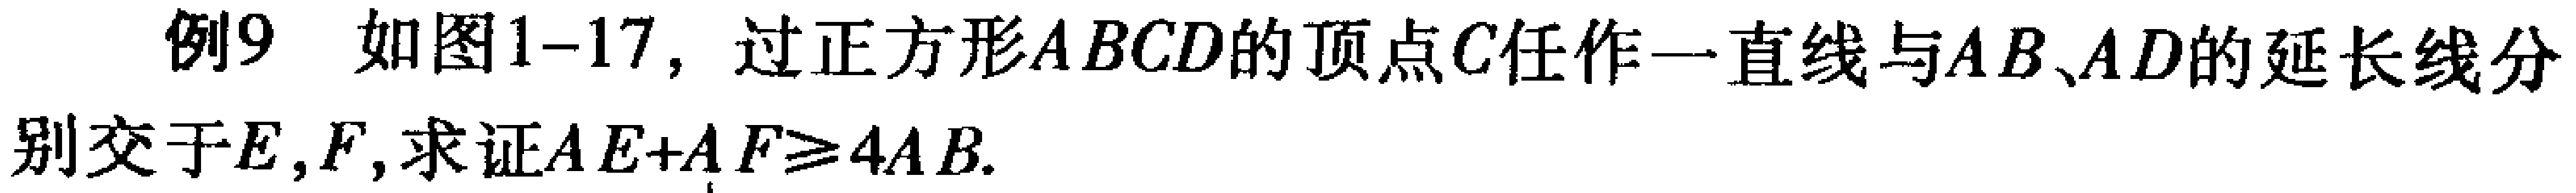
例9 如图1-17，过正方形\(ABCD\)的顶点\(C\)任作一直线与\(AB\)、\(AD\)的延长线分别交于\(E,F\)，求证\(AE + AF\geqslant4AB\).